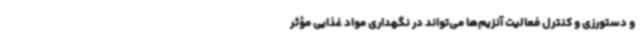
و دستورزی و کنترل فعالیت آنزیم‌ها می‌تواند در نگهداری مواد غذایی مؤثر